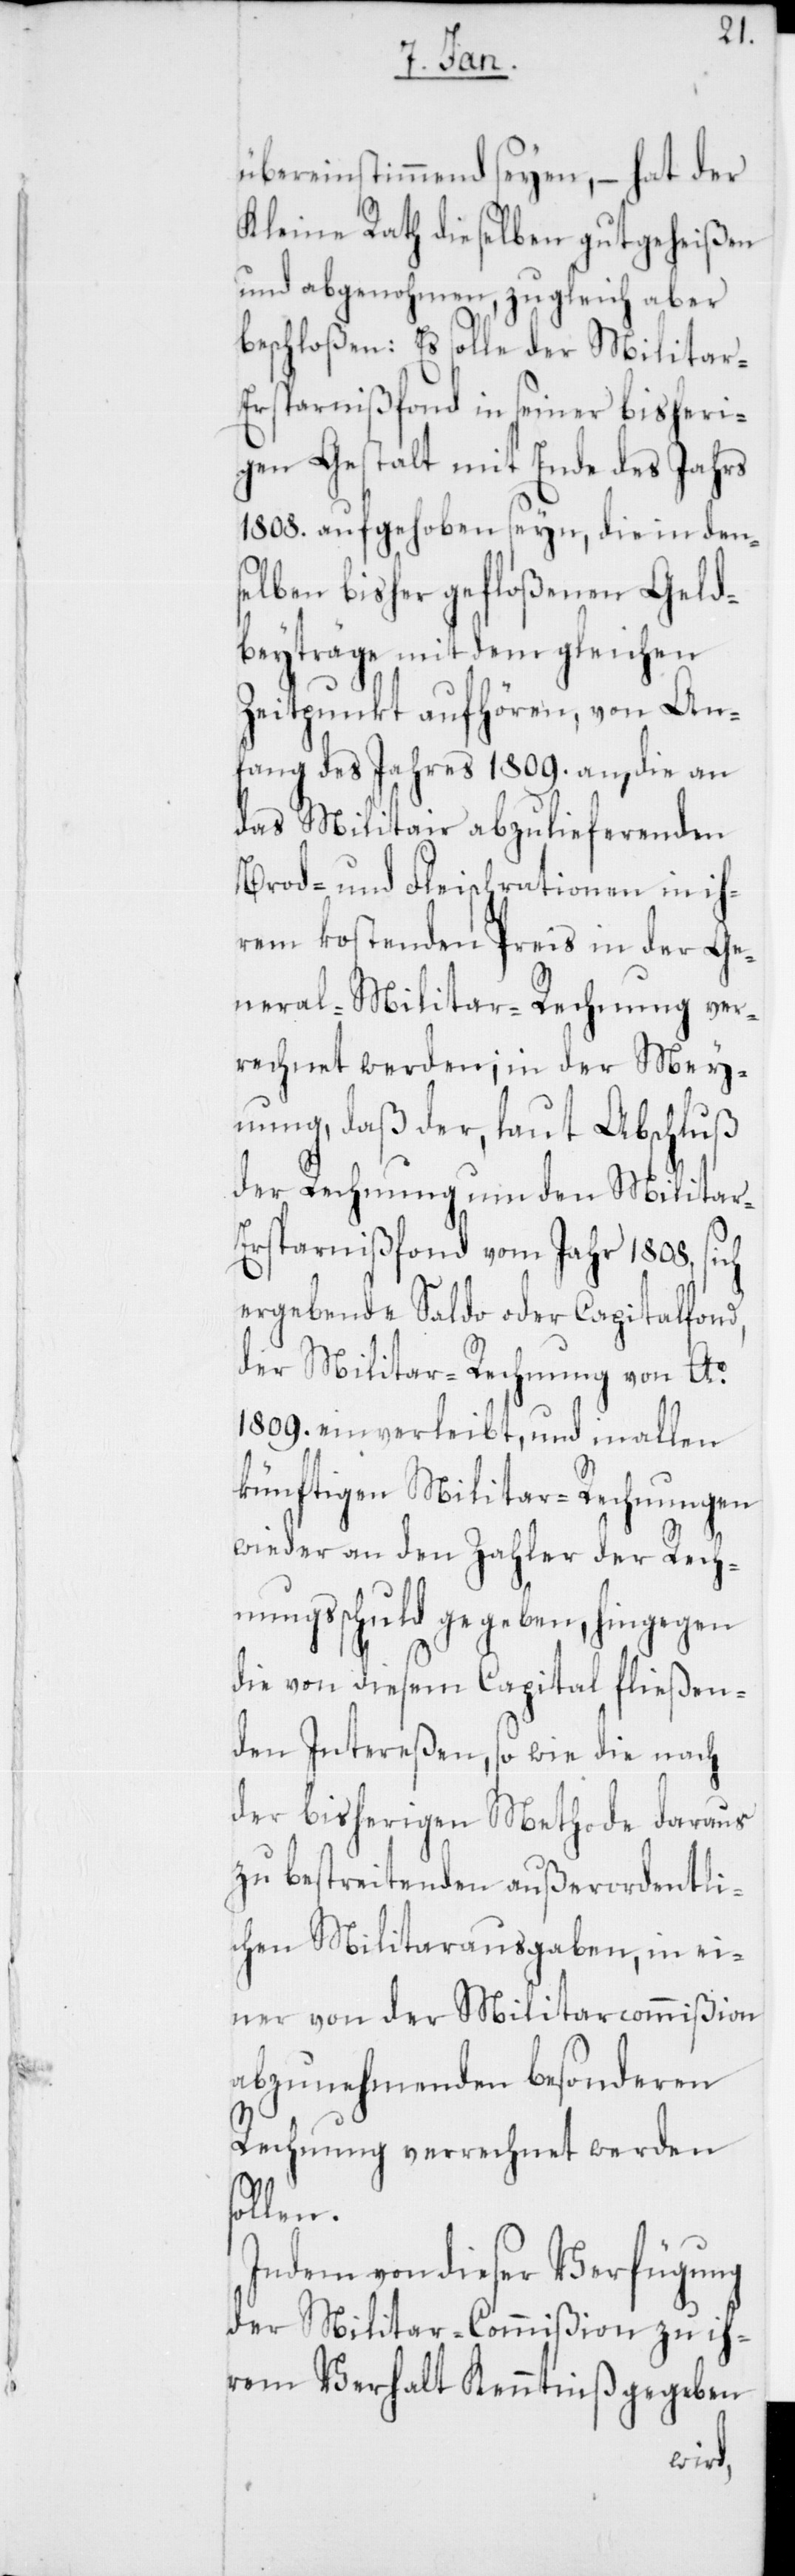
übereinstimmend seyen, – hat der
Kleine Rath dieselben gutgeheißen
und abgenohmen, zugleich aber
beschloßen: Es solle der Militar-E¬
rsparnißfond in seiner bisheri¬
gen Gestalt mit Ende des Jahrs
1808. aufgehoben seyn, die in den¬
selben bisher gefloßenen Geld¬
beyträge mit dem gleichen
Zeitpunkt aufhören, von An¬
fang des Jahres 1809. an, die an
das Militair abzuliefernden
Brod- und Fleischrationen in ih¬
rem kostenden Preis in der Ge¬
neral-Militar-Rechnung ver¬
rechnet werden; in der Mey¬
nung, daß der, laut Abschluß
der Rechnung um den Militar-E¬
rsparnißfond vom Jahr 1808, sich
ergebende Saldo oder Capitalfond,
der Militar-Rechnung von Ao
1809. einverleibt, und in allen
künftigen Militar-Rechnungen
wieder an den Zahler der Rech¬
nungsschuld gegeben, hingegen
die von diesem Capital fließen¬
den Intereßen, so wie die nach
der bisherigen Methode daraus
zu bestreitenden außerordentli¬
chen Militarausgaben, in ei¬
ner von der Militarcommißion
abzunehmenden besonderen
Rechnung verrechnet werden
sollen.
Indem von dieser Verfügung
der Militar-Commißion zu ih¬
rem Verhalt Kenntniß gegeben